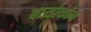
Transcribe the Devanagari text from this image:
बायोकोन